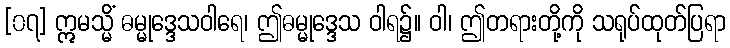
[၀၇] ဣမသ္မိံ ဓမ္မုဒ္ဒေသဝါရေ၊ ဤဓမ္မုဒ္ဒေသ ဝါရ၌။ ဝါ၊ ဤတရားတို့ကို သရုပ်ထုတ်ပြရာ